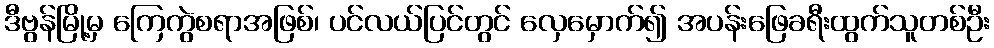
ဒီဗွန်မြို့မှ ကြေကွဲစရာအဖြစ်၊ ပင်လယ်ပြင်တွင် လှေမှောက်၍ အပန်းဖြေခရီးထွက်သူတစ်ဦး